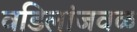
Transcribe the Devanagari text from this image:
वडिलांजवळ